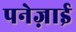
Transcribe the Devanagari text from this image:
पनेज़ाई